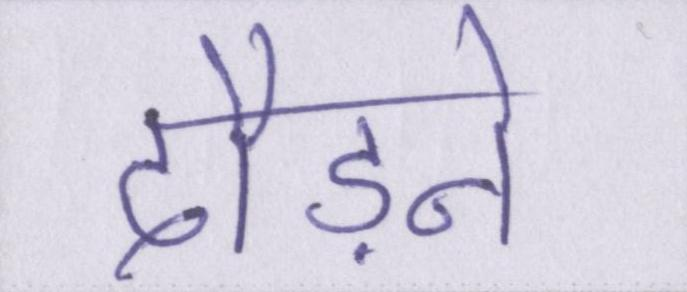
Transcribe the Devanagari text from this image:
दौड़ने